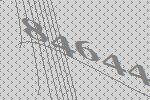
84644